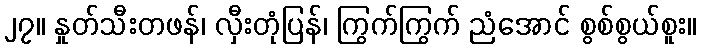
၂၇။ နှုတ်သီးတဖန်၊ လှီးတုံပြန်၊ ကြွက်ကြွက် ညံအောင် စွစ်စွယ်စူး။